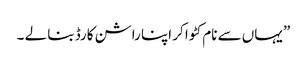
” یہاں سے نام کٹوا کر اپنا راشن کارڈ بنا لے ۔